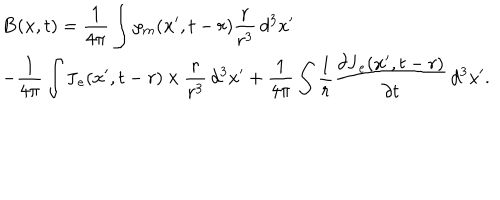
\begin{array} { l } { { \mathbf { B } ( \mathbf { x } , t ) = \displaystyle \frac { 1 } { 4 \pi } \int \rho _ { m } ( \mathbf { x } ^ { \prime } , t - r ) \frac { \mathbf { r } } { r ^ { 3 } } \, d ^ { 3 } x ^ { \prime } \ } } \\ { { - \displaystyle \frac { 1 } { 4 \pi } \int \mathbf { J } _ { e } ( \mathbf { x } ^ { \prime } , t - r ) \, { \bf \times } \, \frac { \mathbf { r } } { r ^ { 3 } } \, d ^ { 3 } x ^ { \prime } + \displaystyle \frac { 1 } { 4 \pi } \int \frac { 1 } { r } \frac { \partial \mathbf { J } _ { e } ( \mathbf { x } ^ { \prime } , t - r ) } { \partial t } \, d ^ { 3 } x ^ { \prime } . } } \\ \end{array}